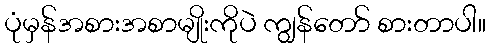
ပုံမှန်အစားအစာမျိုးကိုပဲ ကျွန်တော် စားတာပါ။